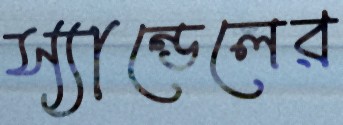
স্যান্ডেলের